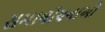
સમાલોચનાઓ